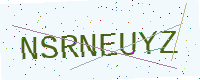
Text: NSRNEUYZ